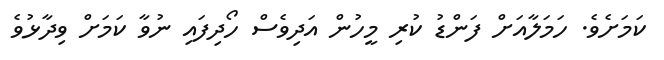
ކަމަށެވެ. ހަމަލާއަށް ފަންޑު ކުރި މީހުން އަދިވެސް ހޯދިފައި ނުވާ ކަމަށް ވިދާޅުވެ